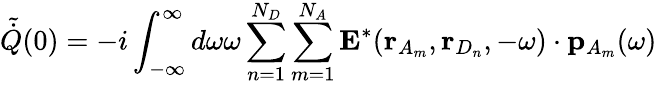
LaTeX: \tilde{\dot{Q}}(0)=-i\int_{-\infty}^{\infty}d\omega\omega\sum_{n=1}^{N_{D}}\sum_{m=1}^{N_{A}}\mathbf{E}^{*}(\mathbf{r}_{A_{m}},\mathbf{r}_{D_{n}},-\omega)\cdot{\mathbf{p}}_{A_{m}}(\omega)